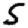
Digit: 5